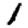
Digit: 1